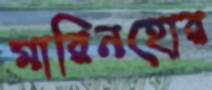
মারিনহোর